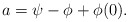
\begin{align*}a=\psi-\phi+\phi(0).\end{align*}